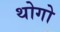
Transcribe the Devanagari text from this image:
थोगो